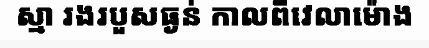
ស្មា រងរបួសធ្ងន់ កាលពីវេលាម៉ោង